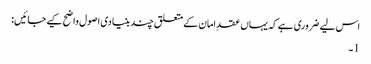
اس لیے ضروری ہے کہ یہاں عقدِ امان کے متعلق چند بنیادی اصول واضح کیے جائیں:
1۔